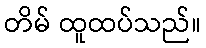
တိမ် ထူထပ်သည်။